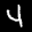
Label: 4